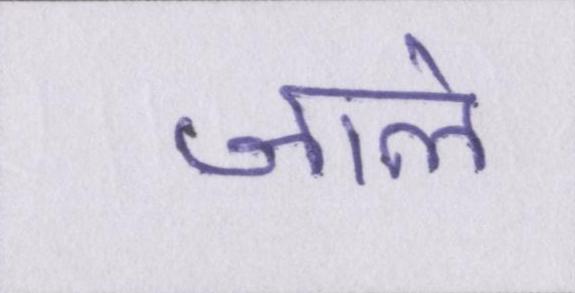
जाले